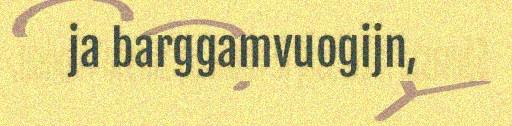
ja barggamvuogijn,